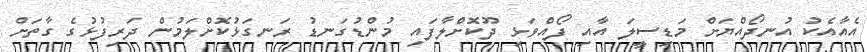
އެއާއެކު އުނދޯއްޔަށް މަޑިސީލަ އާއި ފޯއްވަޅި ދޫކޮށްލާފައި މުންޑުގަނޑު ރަނގަޅުކޮށްލަމުން ދަރިފުޅުގެ ގާތަށް